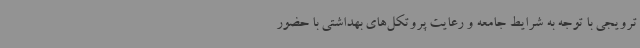
ترویجی با توجه به شرایط جامعه و رعایت پروتکل‌های بهداشتی با حضور